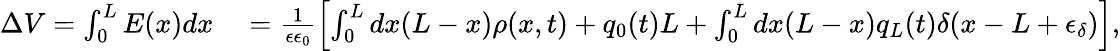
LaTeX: \begin{array}{rl}{\Delta V=\int_{0}^{L}E(x)dx}&{{}=\frac{1}{\epsilon\epsilon_{0}}\left[\int_{0}^{L}dx(L-x)\rho(x,t)+q_{0}(t)L+\int_{0}^{L}dx(L-x)q_{L}(t)\delta(x-L+\epsilon_{\delta})\right],}\end{array}